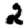
Digit: 2